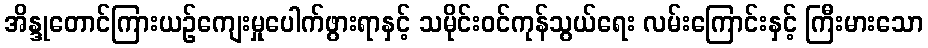
အိန္ဒုတောင်ကြားယဉ်ကျေးမှုပေါက်ဖွားရာနှင့် သမိုင်းဝင်ကုန်သွယ်ရေး လမ်းကြောင်းနှင့် ကြီးမားသော